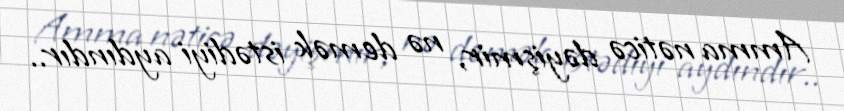
Amma nəticə dəyişmir, nə demək istədiyi aydındır..